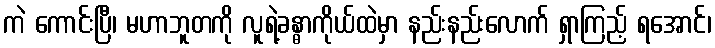
ကဲ ကောင်းပြီ၊ မဟာဘူတကို လူရဲ့ခန္ဓာကိုယ်ထဲမှာ နည်းနည်းလောက် ရှာကြည့် ရအောင်၊